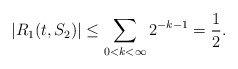
\begin{align*}|R_1(t,S_2)| \leq \sum_{0 < k < \infty} 2^{-k-1} = \frac{1}{2}.\end{align*}